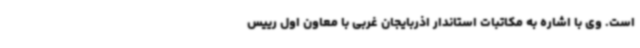
است. وی با اشاره به مکاتبات استاندار اذربایجان غربی با معاون اول رییس